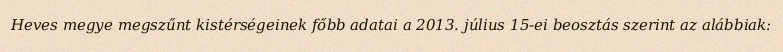
Heves megye megszűnt kistérségeinek főbb adatai a 2013. július 15-ei beosztás szerint az alábbiak: